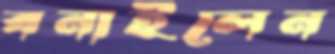
বনাইলেন